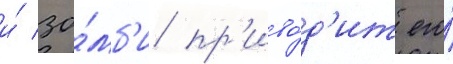
и́ зо́мб'и пр'иво́д'ит его́